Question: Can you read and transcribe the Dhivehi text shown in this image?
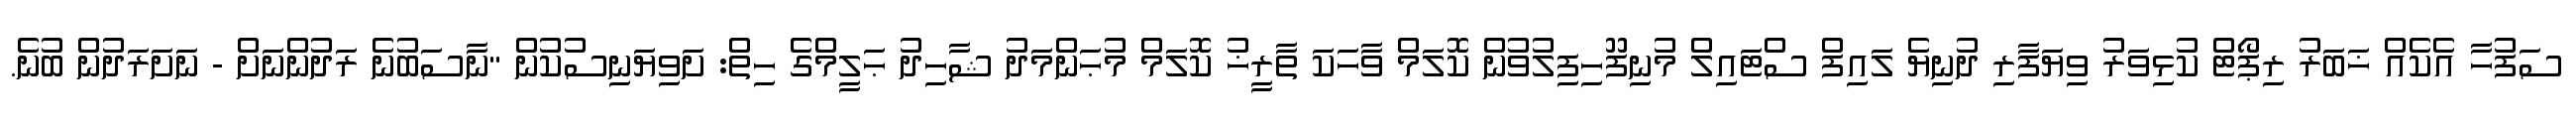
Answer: ސަފުހާ އެކެއް ޚަބަރު ރިޕޯޓް ކުޅިވަރު ވިޔަފާރި ދުނިޔެ ލައިފް ސްޓައިލް މުނިފޫހިފިލުވުން ކޮލަމް ވާހަކަ ތާރީޚު ކޮލަމް މުޙަންމަދު ޝާހިދު ޙަލީމްގެ ހިތް: ށަވިޔަނިސުކުން "ނާސަބުނެ ރަދުންނަށް - ނަށަރަދުން ބުނެ.